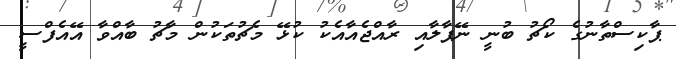
ޕާކިސްތާނުގެ ކޯޗު ބުނީ ނޭޕާލާއި ރާއްޖެއާއެކު ކުޅޭ މެޗުތަކުން މާޗު ބާއްވާ އޭއެފްސީ